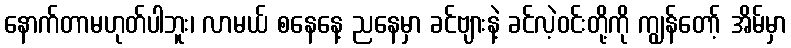
နောက်တာမဟုတ်ပါဘူး၊ လာမယ် စနေနေ့ ညနေမှာ ခင်ဗျားနဲ့ ခင်လဲ့ဝင်းတို့ကို ကျွန်တော့် အိမ်မှာ